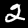
Label: 2